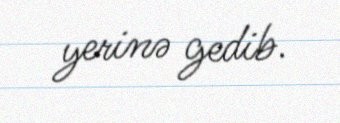
yerinə gedib.